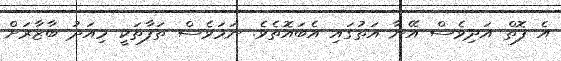
އެ ފޮތް އަދިވެސް އޭނާ އަތުގައި އެބައޮތެވެ. ނަމަވެސް ތަފާތަކީ މިއަދު ބާޒާރަށް